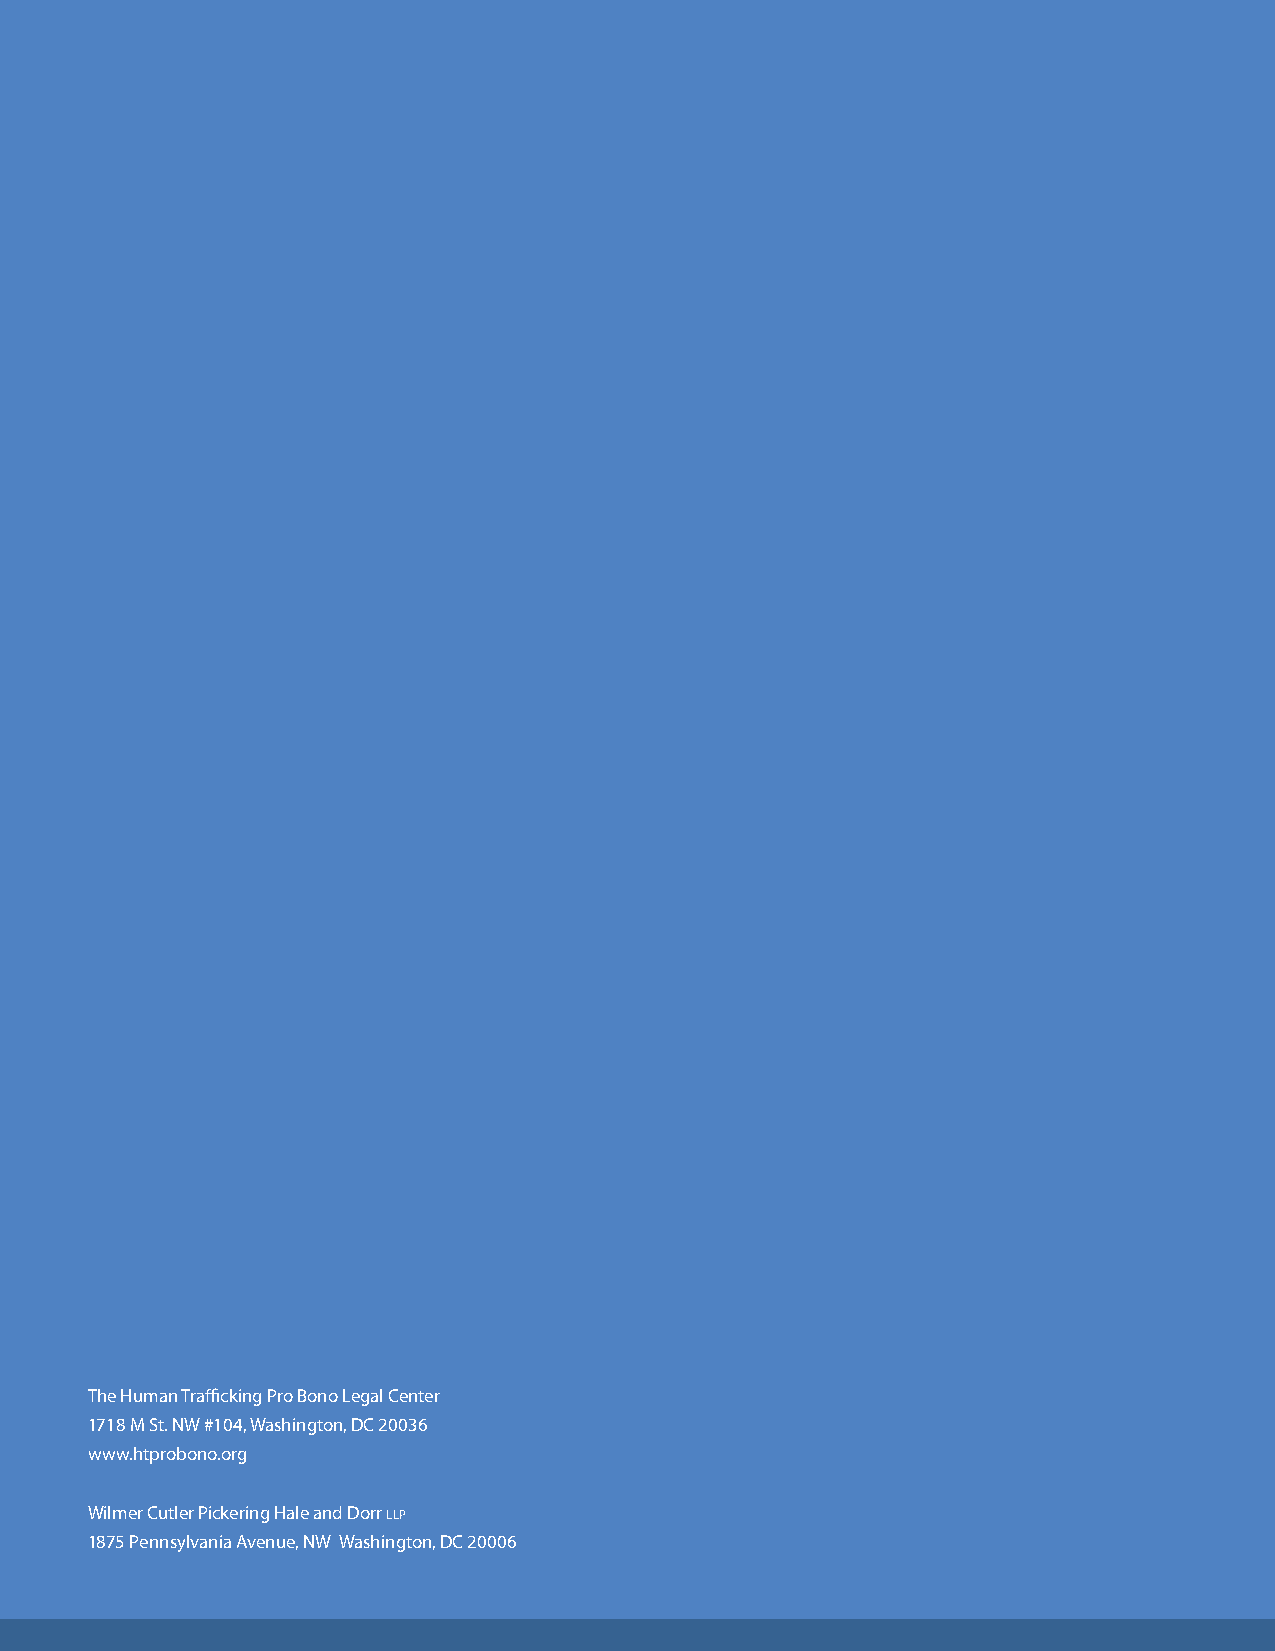
The Human Trafficking Pro Bono Legal Center
 1718 M St. NW #104, Washington, DC 20036
 www.htprobono.org
 Wilmer Cutler Pickering Hale and Dorr llp
 1875 Pennsylvania Avenue, NW Washington, DC 20006